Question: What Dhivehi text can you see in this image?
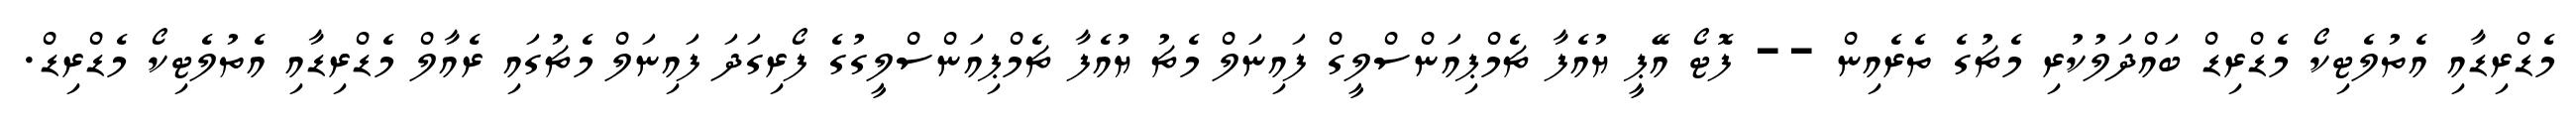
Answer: މެޑްރިޑާއި އެތުލެޓިކޯ މެޑްރިޑް ބައްދަލުކުރި މެޗުގެ ތެރެއިން -- ފޮޓޯ އޭޕީ ޔުއެފާ ޗެމްޕިއަންސްލީގް ފައިނަލް މެޗު ޔުއެފާ ޗެމްޕިއަންސްލީގުގެ ފޯރިގަދަ ފައިނަލް މެޗުގައި ރެއާލް މެޑްރިޑާއި އެތުލެޓިކޯ މެޑްރިޑް.